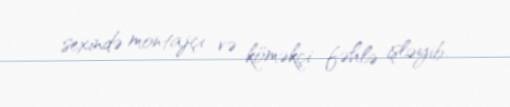
sexində montajçı və köməkçi fəhlə işləyib.